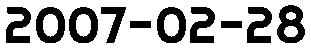
2007-02-28